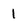
Character: 1